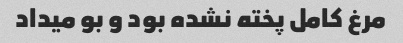
مرغ کامل پخته نشده بود و بو میداد